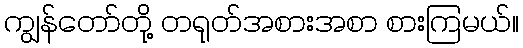
ကျွန်တော်တို့ တရုတ်အစားအစာ စားကြမယ်။